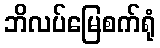
ဘိလပ်မြေစက်ရုံ